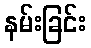
နမ်းခြင်း